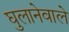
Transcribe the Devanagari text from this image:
घुलानेवाले